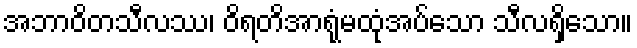
အဘာဝိတသီလဿ၊ ဝိရတိအာရုံမထုံအပ်သော သီလရှိသော။